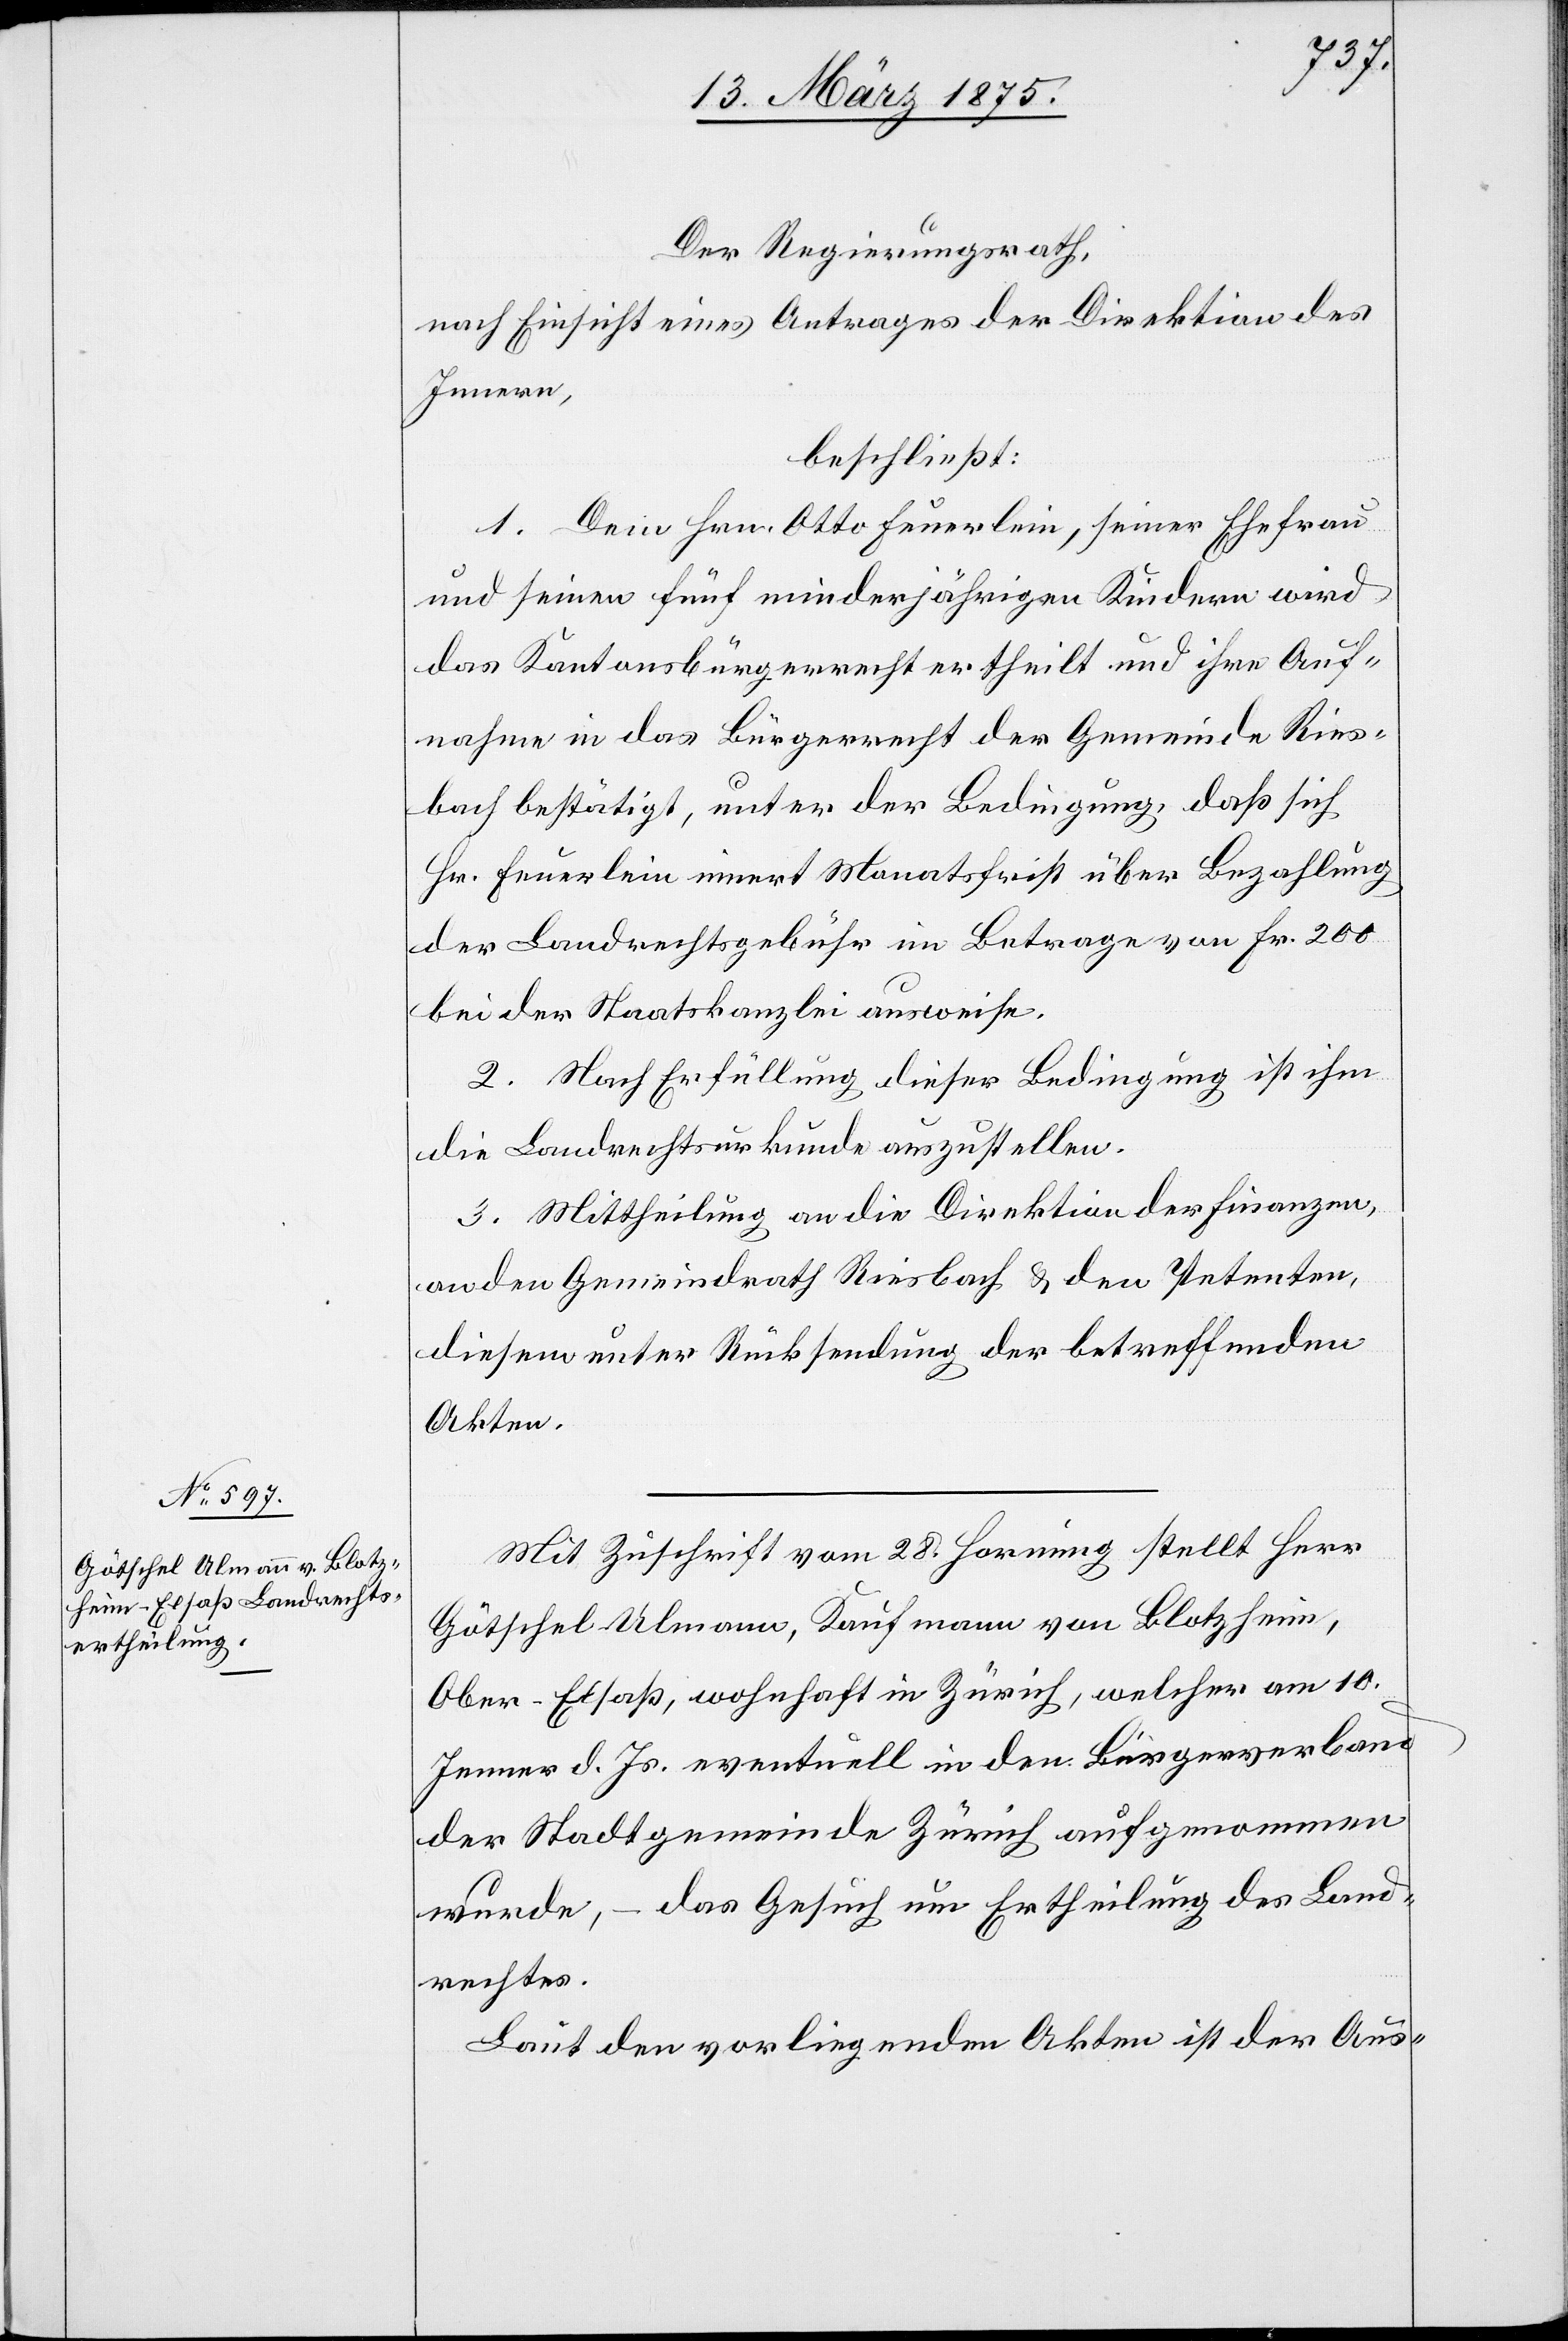
Mit Zuschrift vom 28. Hornung stellt Herr
Götschel Ulmann, Kaufmann von Blotzheim,
Ober-Elsaß, wohnhaft in Zürich, welcher am 10.
Jenner d. Js. eventuell in den Bürgerverband
der Stadtgemeinde Zürich aufgenommen
wurde, – das Gesuch um Ertheilung des Land¬
rechtes.
Laut den vorliegenden Akten ist der Aus-